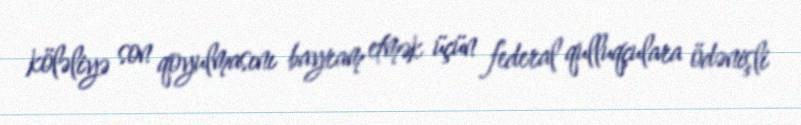
köləliyə son qoyulmasını bayram etmək üçün federal qulluqçulara ödənişli